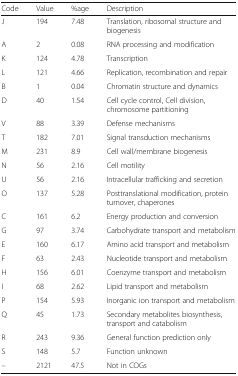
<table><thead><tr><td><b>Code</b></td><td><b>Value</b></td><td><b>%age</b></td><td><b>Description</b></td></tr></thead><tbody><tr><td>J</td><td>194</td><td>7.48</td><td>Translation, ribosomal structure and biogenesis</td></tr><tr><td>A</td><td>2</td><td>0.08</td><td>RNA processing and modification</td></tr><tr><td>K</td><td>124</td><td>4.78</td><td>Transcription</td></tr><tr><td>L</td><td>121</td><td>4.66</td><td>Replication, recombination and repair</td></tr><tr><td>B</td><td>1</td><td>0.04</td><td>Chromatin structure and dynamics</td></tr><tr><td>D</td><td>40</td><td>1.54</td><td>Cell cycle control, Cell division, chromosome partitioning</td></tr><tr><td>V</td><td>88</td><td>3.39</td><td>Defense mechanisms</td></tr><tr><td>T</td><td>182</td><td>7.01</td><td>Signal transduction mechanisms</td></tr><tr><td>M</td><td>231</td><td>8.9</td><td>Cell wall/membrane biogenesis</td></tr><tr><td>N</td><td>56</td><td>2.16</td><td>Cell motility</td></tr><tr><td>U</td><td>56</td><td>2.16</td><td>Intracellular trafficking and secretion</td></tr><tr><td>O</td><td>137</td><td>5.28</td><td>Posttranslational modification, protein turnover, chaperones</td></tr><tr><td>C</td><td>161</td><td>6.2</td><td>Energy production and conversion</td></tr><tr><td>G</td><td>97</td><td>3.74</td><td>Carbohydrate transport and metabolism</td></tr><tr><td>E</td><td>160</td><td>6.17</td><td>Amino acid transport and metabolism</td></tr><tr><td>F</td><td>63</td><td>2.43</td><td>Nucleotide transport and metabolism</td></tr><tr><td>H</td><td>156</td><td>6.01</td><td>Coenzyme transport and metabolism</td></tr><tr><td>I</td><td>68</td><td>2.62</td><td>Lipid transport and metabolism</td></tr><tr><td>P</td><td>154</td><td>5.93</td><td>Inorganic ion transport and metabolism</td></tr><tr><td>Q</td><td>45</td><td>1.73</td><td>Secondary metabolites biosynthesis, transport and catabolism</td></tr><tr><td>R</td><td>243</td><td>9.36</td><td>General function prediction only</td></tr><tr><td>S</td><td>148</td><td>5.7</td><td>Function unknown</td></tr><tr><td>–</td><td>2121</td><td>47.5</td><td>Not in COGs</td></tr></tbody></table>